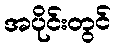
အပိုင်းတွင်